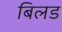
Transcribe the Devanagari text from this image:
बिलड